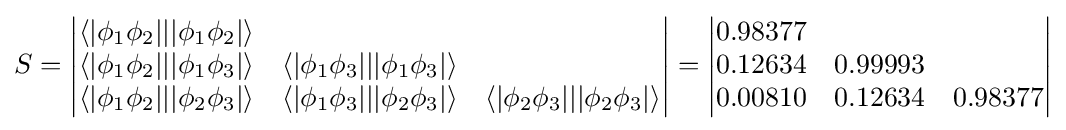
S={\begin{vmatrix}\langle |\phi _{1}\phi _{2}|||\phi _{1}\phi _{2}|\rangle \\\langle |\phi _{1}\phi _{2}|||\phi _{1}\phi _{3}|\rangle &\langle |\phi _{1}\phi _{3}|||\phi _{1}\phi _{3}|\rangle \\\langle |\phi _{1}\phi _{2}|||\phi _{2}\phi _{3}|\rangle &\langle |\phi _{1}\phi _{3}|||\phi _{2}\phi _{3}|\rangle &\langle |\phi _{2}\phi _{3}|||\phi _{2}\phi _{3}|\rangle \end{vmatrix}}={\begin{vmatrix}0.98377\\0.12634&0.99993\\0.00810&0.12634&0.98377\end{vmatrix}}